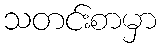
သတင်းစာမှာ